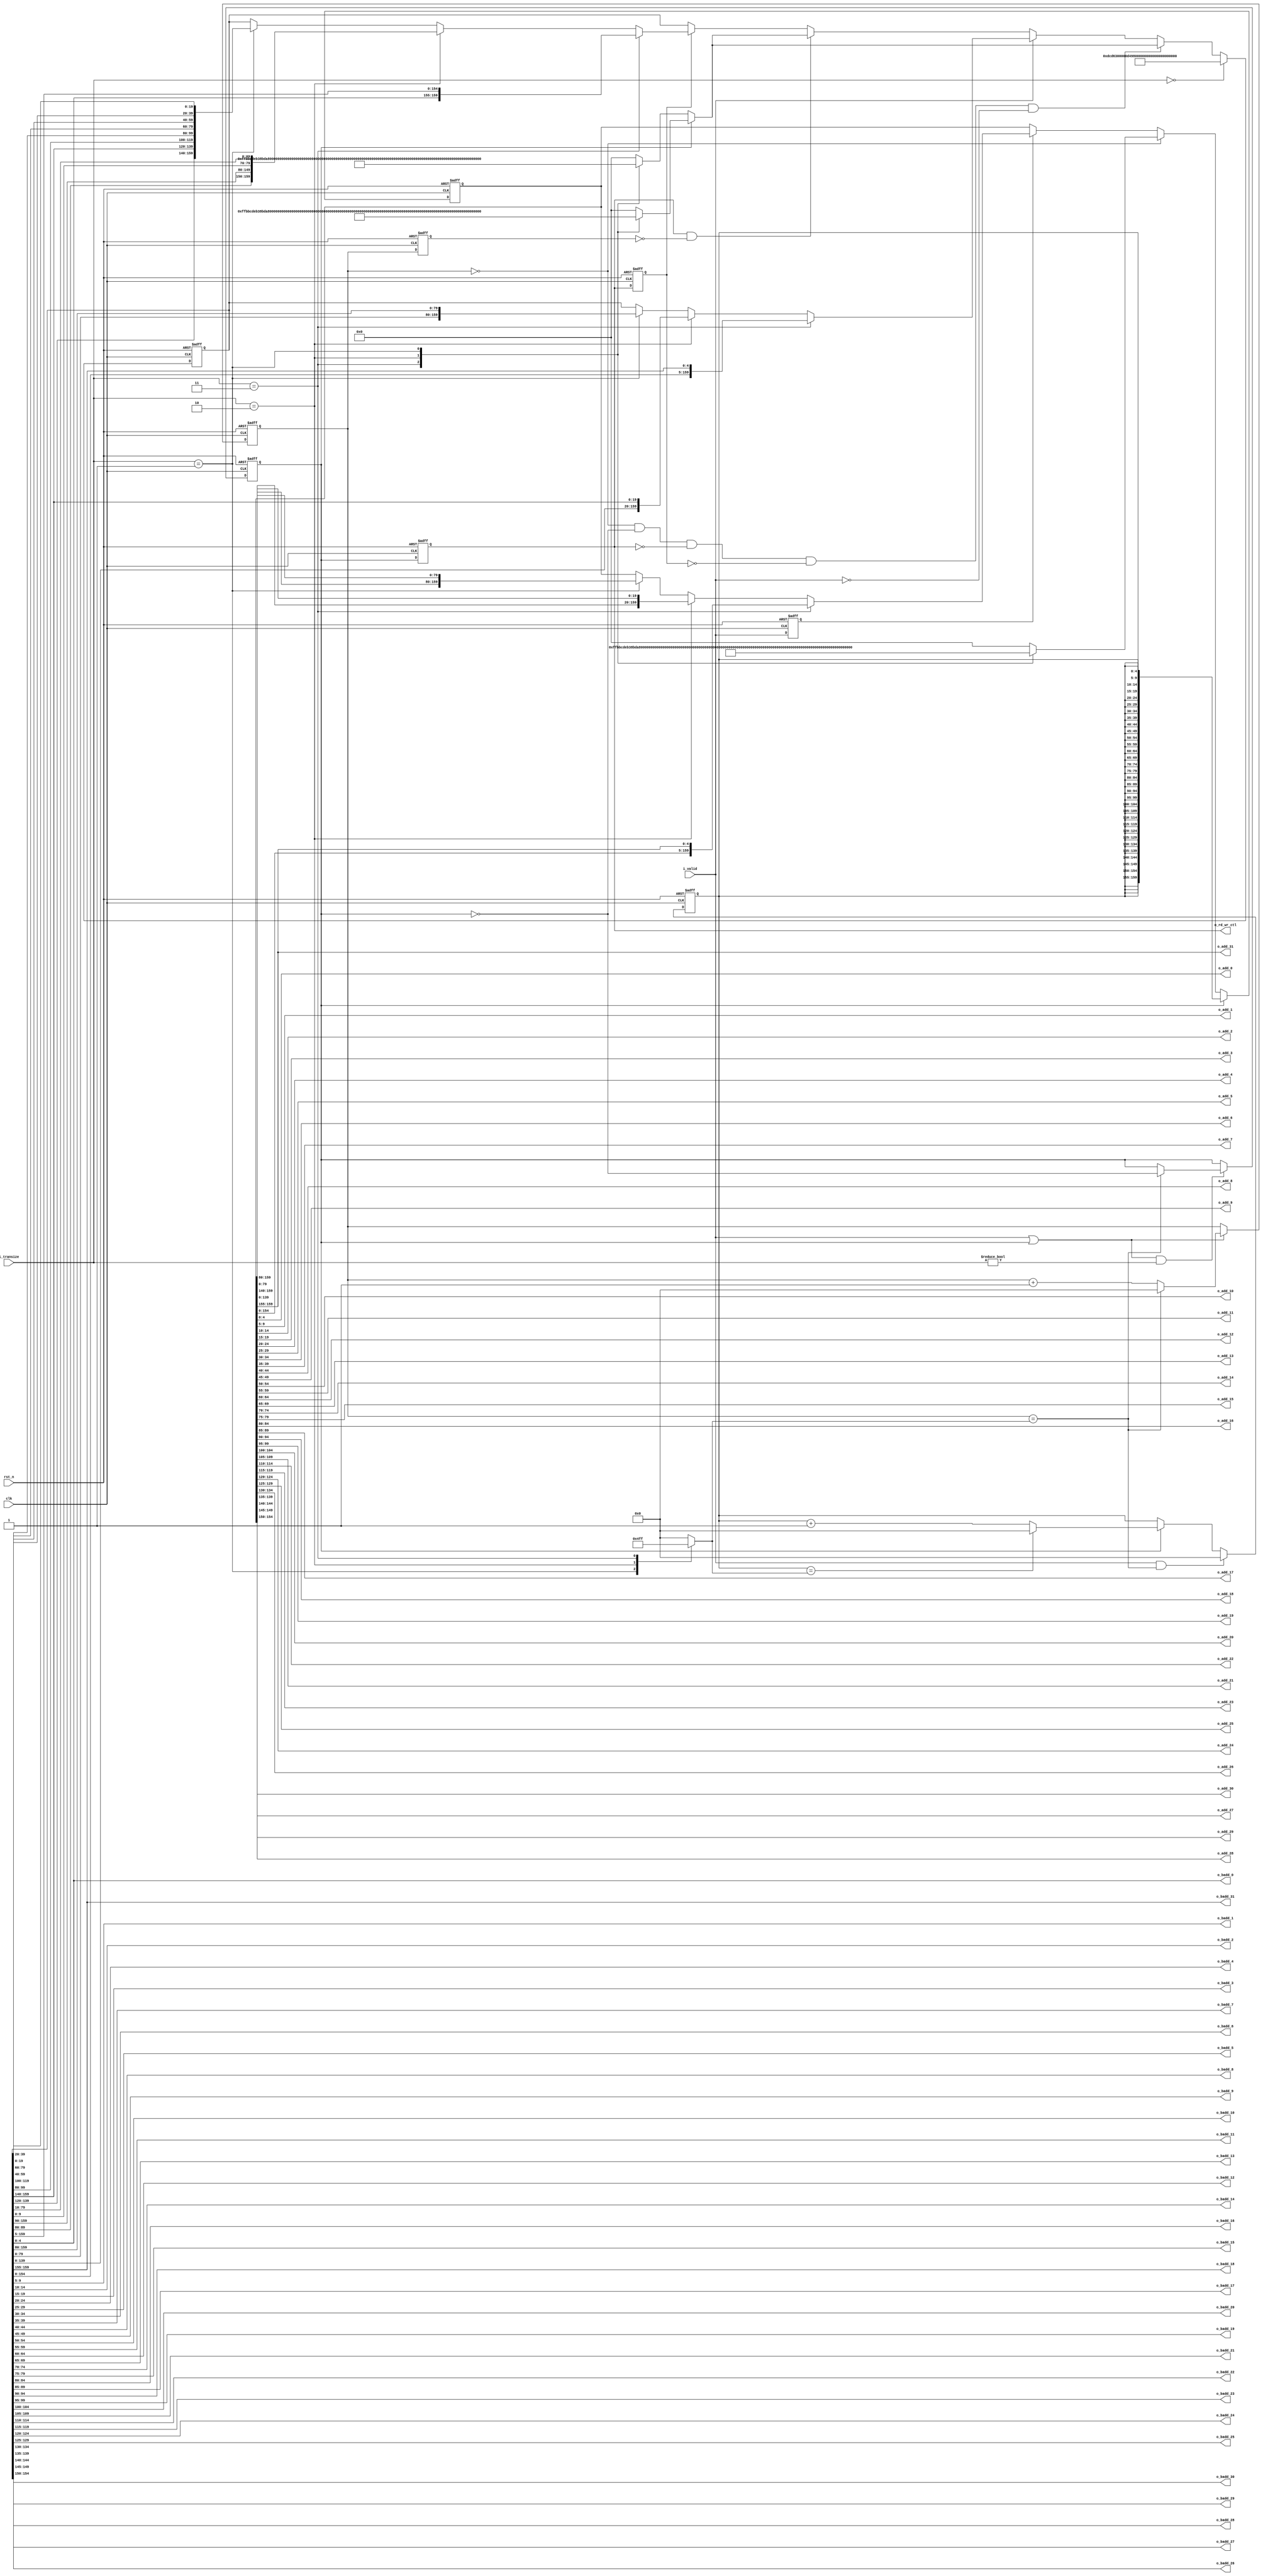
//company       : xm tech
//project name  : H265
//top module    : dct_top_2d.v
//data          : 2018.01.25
//delay         : 0 clk 
//describe      :
//modification  :
//v1.0          :
module   addr_ctl(
       clk         ,
       rst_n       ,
       i_valid     ,
       i_transize  ,
//----data rd wr sel addr----//
       o_rd_wr_ctl ,
       o_badd_0    ,
       o_badd_1    ,
       o_badd_2    ,
       o_badd_3    ,
       o_badd_4    ,
       o_badd_5    ,
       o_badd_6    ,
       o_badd_7    ,
       o_badd_8    ,
       o_badd_9    ,
       o_badd_10   ,
       o_badd_11   ,
       o_badd_12   ,
       o_badd_13   ,
       o_badd_14   ,
       o_badd_15   ,
       o_badd_16   ,
       o_badd_17   ,
       o_badd_18   ,
       o_badd_19   ,
       o_badd_20   ,
       o_badd_21   ,
       o_badd_22   ,
       o_badd_23   ,
       o_badd_24   ,
       o_badd_25   ,
       o_badd_26   ,
       o_badd_27   ,
       o_badd_28   ,
       o_badd_29   ,
       o_badd_30   ,
       o_badd_31   ,
//-----ram wr rd addr---//
       o_add_0     ,
       o_add_1     ,
       o_add_2     ,
       o_add_3     ,
       o_add_4     ,
       o_add_5     ,
       o_add_6     ,
       o_add_7     ,
       o_add_8     ,
       o_add_9     ,
       o_add_10    ,
       o_add_11    ,
       o_add_12    ,
       o_add_13    ,
       o_add_14    ,
       o_add_15    ,
       o_add_16    ,
       o_add_17    ,
       o_add_18    ,
       o_add_19    ,
       o_add_20    ,
       o_add_21    ,
       o_add_22    ,
       o_add_23    ,
       o_add_24    ,
       o_add_25    ,
       o_add_26    ,
       o_add_27    ,
       o_add_28    ,
       o_add_29    ,
       o_add_30    ,
       o_add_31    
);

// ********************************************
//                                             
//    INPUT / OUTPUT DECLARATION                                               
//                                                                             
// ********************************************       

input                           clk        ;         
input                           rst_n      ;
input                           i_valid    ;
input            [1:0]          i_transize ;   
output   wire                   o_rd_wr_ctl;
output   wire    [4:0]          o_badd_0   ;
output   wire    [4:0]          o_badd_1   ;
output   wire    [4:0]          o_badd_2   ;
output   wire    [4:0]          o_badd_3   ;
output   wire    [4:0]          o_badd_4   ;
output   wire    [4:0]          o_badd_5   ;
output   wire    [4:0]          o_badd_6   ;
output   wire    [4:0]          o_badd_7   ;
output   wire    [4:0]          o_badd_8   ;
output   wire    [4:0]          o_badd_9   ;
output   wire    [4:0]          o_badd_10  ;
output   wire    [4:0]          o_badd_11  ;
output   wire    [4:0]          o_badd_12  ;
output   wire    [4:0]          o_badd_13  ;
output   wire    [4:0]          o_badd_14  ;
output   wire    [4:0]          o_badd_15  ;
output   wire    [4:0]          o_badd_16  ;
output   wire    [4:0]          o_badd_17  ;
output   wire    [4:0]          o_badd_18  ;
output   wire    [4:0]          o_badd_19  ;
output   wire    [4:0]          o_badd_20  ;
output   wire    [4:0]          o_badd_21  ;
output   wire    [4:0]          o_badd_22  ;
output   wire    [4:0]          o_badd_23  ;
output   wire    [4:0]          o_badd_24  ;
output   wire    [4:0]          o_badd_25  ;
output   wire    [4:0]          o_badd_26  ;
output   wire    [4:0]          o_badd_27  ;
output   wire    [4:0]          o_badd_28  ;
output   wire    [4:0]          o_badd_29  ;
output   wire    [4:0]          o_badd_30  ;
output   wire    [4:0]          o_badd_31  ;

output   wire    [4:0]          o_add_0    ;
output   wire    [4:0]          o_add_1    ;
output   wire    [4:0]          o_add_2    ;
output   wire    [4:0]          o_add_3    ;
output   wire    [4:0]          o_add_4    ;
output   wire    [4:0]          o_add_5    ;
output   wire    [4:0]          o_add_6    ;
output   wire    [4:0]          o_add_7    ;
output   wire    [4:0]          o_add_8    ;
output   wire    [4:0]          o_add_9    ;
output   wire    [4:0]          o_add_10   ;
output   wire    [4:0]          o_add_11   ;
output   wire    [4:0]          o_add_12   ;
output   wire    [4:0]          o_add_13   ;
output   wire    [4:0]          o_add_14   ;
output   wire    [4:0]          o_add_15   ;
output   wire    [4:0]          o_add_16   ;
output   wire    [4:0]          o_add_17   ;
output   wire    [4:0]          o_add_18   ;
output   wire    [4:0]          o_add_19   ;
output   wire    [4:0]          o_add_20   ;
output   wire    [4:0]          o_add_21   ;
output   wire    [4:0]          o_add_22   ;
output   wire    [4:0]          o_add_23   ;
output   wire    [4:0]          o_add_24   ;
output   wire    [4:0]          o_add_25   ;
output   wire    [4:0]          o_add_26   ;
output   wire    [4:0]          o_add_27   ;
output   wire    [4:0]          o_add_28   ;
output   wire    [4:0]          o_add_29   ;
output   wire    [4:0]          o_add_30   ;
output   wire    [4:0]          o_add_31   ;

// ********************************************
//                                             
//    WIRE   DECLARATION                     
//                                             
// ********************************************
reg  [4  :0]     counter_size    ;
reg  [4  :0]     counter         ;
reg  [4  :0]     counter_d1      ;
reg              valid_d1        ;
reg              rd_wr_region    ;
reg              rd_wr_region_d1 ;
reg              rd_wr_region_d2 ;
reg  [4  :0]     addr_rd         ;   
reg  [159:0]     addr_int        ;
reg  [159:0]     baddr_int       ;
reg  [159:0]     addr_seq        ;//wr addr; rd addr
reg  [159:0]     data_seq        ;//wr data; rd data

//---ram addr wr & addr rd----//
//rd and wr region
always @(*)
begin
    case(i_transize)
    2'b01   :  counter_size = 5'd1   ;  
    2'b10   :  counter_size = 5'd7   ;
    2'b11   :  counter_size = 5'd31  ;
    default :  counter_size = 5'd0   ;
    endcase
end

always @(posedge clk or negedge rst_n)
begin
    if(!rst_n)
        counter <= 5'd0;
    else if(i_valid || rd_wr_region)
    begin
        if(counter == counter_size)
            counter <= 5'd0;
        else
            counter <= counter + 1'b1;  
    end
end

always @(posedge clk or negedge rst_n)
begin
    if(!rst_n)
        valid_d1 <= 1'b0;
    else
        valid_d1 <= i_valid;
end

always @(posedge clk or negedge rst_n)
begin
    if(!rst_n)
        counter_d1 <= 5'd0;
    else
        counter_d1 <= counter;
end 
 
//------------low : wr ;  high : rd
always @(posedge clk or negedge rst_n)
begin
    if(!rst_n)
        rd_wr_region <= 1'b0;
    else if((i_valid || rd_wr_region) && (i_transize != 2'd0))
    begin
        if(counter == counter_size)
            rd_wr_region <= ~rd_wr_region;
    end
end

always @(posedge clk or negedge rst_n)
begin
    if(!rst_n)
        rd_wr_region_d1 <= 1'b0;
    else
        rd_wr_region_d1 <= rd_wr_region;
end

always @(posedge clk or negedge rst_n)
begin
    if(!rst_n)
        rd_wr_region_d2 <= 1'b0;
    else
        rd_wr_region_d2 <= rd_wr_region_d1;
end

//-----------------------------------------------------------------------------// 
always @(*) //wr addr int: left shift 
begin
    case(i_transize)
    2'b11   :  addr_int = {5'd31,5'd30,5'd29,5'd28,5'd27,5'd26,5'd25,5'd24,5'd23,5'd22,5'd21,5'd20,5'd19,5'd18,5'd17,5'd16,5'd15,5'd14,5'd13,5'd12,5'd11,5'd10,5'd9,5'd8,5'd7,5'd6,5'd5,5'd4,5'd3,5'd2,5'd1,5'd0} ;   
    2'b10   :  addr_int = {5'd7,5'd7,5'd7,5'd7,5'd6,5'd6,5'd6,5'd6,5'd5,5'd5,5'd5,5'd5,5'd4,5'd4,5'd4,5'd4,5'd3,5'd3,5'd3,5'd3,5'd2,5'd2,5'd2,5'd2,5'd1,5'd1,5'd1,5'd1,5'd0,5'd0,5'd0,5'd0};
    2'b01   :  addr_int = {5'd1,5'd1,5'd1,5'd1,5'd1,5'd1,5'd1,5'd1,5'd1,5'd1,5'd1,5'd1,5'd1,5'd1,5'd1,5'd1,5'd0,5'd0,5'd0,5'd0,5'd0,5'd0,5'd0,5'd0,5'd0,5'd0,5'd0,5'd0,5'd0,5'd0,5'd0,5'd0};
    default :  addr_int = 160'd0 ;
    endcase
end

always @(*) 
begin
    if(~rd_wr_region)//wr dt seq : left shift
    begin
        case(i_transize)
        2'b11   :  baddr_int = {5'd31,5'd30,5'd29,5'd28,5'd27,5'd26,5'd25,5'd24,5'd23,5'd22,5'd21,5'd20,5'd19,5'd18,5'd17,5'd16,5'd15,5'd14,5'd13,5'd12,5'd11,5'd10,5'd9,5'd8,5'd7,5'd6,5'd5,5'd4,5'd3,5'd2,5'd1,5'd0} ;  
        2'b10   :  baddr_int = {5'd31,5'd30,5'd15,5'd14,5'd29,5'd28,5'd13,5'd12,5'd27,5'd26,5'd11,5'd10,5'd25,5'd24,5'd9,5'd8,5'd23,5'd22,5'd7,5'd6,5'd21,5'd20,5'd5,5'd4,5'd19,5'd18,5'd3,5'd2,5'd17,5'd16,5'd1,5'd0};
        2'b01   :  baddr_int = {5'd31,5'd30,5'd29,5'd28,5'd23,5'd22,5'd21,5'd20,5'd15,5'd14,5'd13,5'd12,5'd7,5'd6,5'd5,5'd4,5'd27,5'd26,5'd25,5'd24,5'd19,5'd18,5'd17,5'd16,5'd11,5'd10,5'd9,5'd8,5'd3,5'd2,5'd1,5'd0};
        default :  baddr_int = 160'd0 ;
        endcase
    end
    else
    begin
        case(i_transize)//rd dt seq:right shift
        2'b11   :  baddr_int = {5'd31,5'd30,5'd29,5'd28,5'd27,5'd26,5'd25,5'd24,5'd23,5'd22,5'd21,5'd20,5'd19,5'd18,5'd17,5'd16,5'd15,5'd14,5'd13,5'd12,5'd11,5'd10,5'd9,5'd8,5'd7,5'd6,5'd5,5'd4,5'd3,5'd2,5'd1,5'd0} ;//shift 1 bit 
        2'b10   :  baddr_int = {5'd31,5'd29,5'd27,5'd25,5'd23,5'd21,5'd19,5'd17,5'd15,5'd13,5'd11,5'd9,5'd7,5'd5,5'd3,5'd1,5'd30,5'd28,5'd26,5'd24,5'd22,5'd20,5'd18,5'd16,5'd14,5'd12,5'd10,5'd8,5'd6,5'd4,5'd2,5'd0};//shift 4 bit 
        2'b01   :  baddr_int ={5'd31,5'd27,5'd23,5'd19,5'd15,5'd11,5'd7,5'd3,5'd30,5'd26,5'd22,5'd18,5'd14,5'd10,5'd6,5'd2,5'd29,5'd25,5'd21,5'd17,5'd13,5'd9,5'd5,5'd1,5'd28,5'd24,5'd20,5'd16,5'd12,5'd8,5'd4,5'd0};//shift 16 bit
        default :  baddr_int = 160'd0 ;
        endcase
    end
end

//-------------ram  addr-------------------//
always @(posedge clk or negedge rst_n)
begin
    if(!rst_n)
        addr_rd <= 5'd0;
    else if(i_valid && (counter == counter_size))
        addr_rd <= 5'd0;
    else if(rd_wr_region)
    begin
        if(addr_rd == counter_size)
            addr_rd <= 5'd0;
        else
            addr_rd <= addr_rd + 1'b1;
    end
end 

always @(posedge clk or negedge rst_n)
begin
    if(!rst_n)
        addr_seq <= 160'd0;
    //-----------------rd addr---------------------//
    else  if(rd_wr_region)
        addr_seq <= {32{addr_rd}};
    //------------------wr addr--------------------//
    else if(counter == 5'd0)
        addr_seq <= addr_int;
    else if(valid_d1)
    begin
        if(i_transize == 2'd3)
            addr_seq <={addr_seq[154:0],addr_seq[159:155]};
        else if(i_transize == 2'd2)
            addr_seq <={addr_seq[139:0],addr_seq[159:140]};
        else if(i_transize == 2'd1)
            addr_seq <={addr_seq[79:0],addr_seq[159:80]};
    end
end 

//----------------data sel-------------------------//
always @(posedge clk or negedge rst_n)
begin
    if(!rst_n)
        data_seq <= 160'd0;
    else if(i_transize == 2'd0)
        data_seq <= {5'd0,5'd0,5'd0,5'd0,5'd27,5'd19,5'd11,5'd3,5'd0,5'd0,5'd0,5'd0,5'd26,5'd18,5'd10,5'd2,5'd0,5'd0,5'd0,5'd0,5'd25,5'd17,5'd9,5'd1,5'd0,5'd0,5'd0,5'd0,5'd24,5'd16,5'd8,5'd0};
    else if((counter == 5'd0) && (~rd_wr_region) &&(~rd_wr_region_d1) &&(~rd_wr_region_d2) &&(~i_valid))
        data_seq <= baddr_int;
    //--------------ram wr data sel-----------------//
    else if(i_valid)
    begin
        if (i_transize == 2'd3)
            data_seq <={data_seq[154:0],data_seq[159:155]};
        else if(i_transize == 2'd2)
            data_seq <={data_seq[139:0],data_seq[159:140]};
        else if(i_transize == 2'd1)
            data_seq <={data_seq[79:0],data_seq[159:80]};
    end 
    //--------------ram rd data sel: ram out delay 1 clk-----------------//
    else if(rd_wr_region_d1 && (counter_d1==5'd0))
        data_seq <= baddr_int;
    else if(rd_wr_region_d2)
    begin
        if(i_transize == 2'd3)
            data_seq <={data_seq[4:0],data_seq[159:5]};
        else if(i_transize == 2'd2)
            data_seq <={data_seq[89:80],data_seq[159:90],data_seq[9:0],data_seq[79:10]};
        else if(i_transize == 2'd1)
            data_seq <={data_seq[139:120],data_seq[159:140],data_seq[99:80],data_seq[119:100],data_seq[59:40],data_seq[79:60],data_seq[19:0],data_seq[39:20]};
    end
end 

//-------------output-------------//i
assign    o_rd_wr_ctl = rd_wr_region_d1;//low wr ram : high rd ram //high  rd region

assign    o_badd_0 =  data_seq[4 : 0]  ;    
assign    o_badd_1 =  data_seq[9 : 5]  ;    
assign    o_badd_2 =  data_seq[14:10]  ;    
assign    o_badd_3 =  data_seq[19:15]  ;    
assign    o_badd_4 =  data_seq[24:20]  ;    
assign    o_badd_5 =  data_seq[29:25]  ;    
assign    o_badd_6 =  data_seq[34:30]  ;    
assign    o_badd_7 =  data_seq[39:35]  ;    
assign    o_badd_8 =  data_seq[44:40]  ; 
assign    o_badd_9 =  data_seq[49:45]  ; 
assign    o_badd_10=  data_seq[54:50]  ; 
assign    o_badd_11=  data_seq[59:55]  ; 
assign    o_badd_12=  data_seq[64:60]  ; 
assign    o_badd_13=  data_seq[69:65]  ; 
assign    o_badd_14=  data_seq[74:70]  ; 
assign    o_badd_15=  data_seq[79:75]  ; 
assign    o_badd_16=  data_seq[84:80]  ; 
assign    o_badd_17=  data_seq[89:85]  ; 
assign    o_badd_18=  data_seq[94:90]  ; 
assign    o_badd_19=  data_seq[99:95]  ; 
assign    o_badd_20=  data_seq[104:100]; 
assign    o_badd_21=  data_seq[109:105]; 
assign    o_badd_22=  data_seq[114:110]; 
assign    o_badd_23=  data_seq[119:115]; 
assign    o_badd_24=  data_seq[124:120]; 
assign    o_badd_25=  data_seq[129:125]; 
assign    o_badd_26=  data_seq[134:130]; 
assign    o_badd_27=  data_seq[139:135]; 
assign    o_badd_28=  data_seq[144:140]; 
assign    o_badd_29=  data_seq[149:145]; 
assign    o_badd_30=  data_seq[154:150]; 
assign    o_badd_31=  data_seq[159:155]; 

assign    o_add_0  =  addr_seq[4 : 0]  ;   
assign    o_add_1  =  addr_seq[9 : 5]  ;  
assign    o_add_2  =  addr_seq[14:10]  ;  
assign    o_add_3  =  addr_seq[19:15]  ;  
assign    o_add_4  =  addr_seq[24:20]  ;  
assign    o_add_5  =  addr_seq[29:25]  ;  
assign    o_add_6  =  addr_seq[34:30]  ;  
assign    o_add_7  =  addr_seq[39:35]  ;  
assign    o_add_8  =  addr_seq[44:40]  ; 
assign    o_add_9  =  addr_seq[49:45]  ; 
assign    o_add_10 =  addr_seq[54:50]  ; 
assign    o_add_11 =  addr_seq[59:55]  ; 
assign    o_add_12 =  addr_seq[64:60]  ; 
assign    o_add_13 =  addr_seq[69:65]  ; 
assign    o_add_14 =  addr_seq[74:70]  ; 
assign    o_add_15 =  addr_seq[79:75]  ; 
assign    o_add_16 =  addr_seq[84:80]  ; 
assign    o_add_17 =  addr_seq[89:85]  ; 
assign    o_add_18 =  addr_seq[94:90]  ; 
assign    o_add_19 =  addr_seq[99:95]  ; 
assign    o_add_20 =  addr_seq[104:100]; 
assign    o_add_21 =  addr_seq[109:105]; 
assign    o_add_22 =  addr_seq[114:110]; 
assign    o_add_23 =  addr_seq[119:115]; 
assign    o_add_24 =  addr_seq[124:120]; 
assign    o_add_25 =  addr_seq[129:125]; 
assign    o_add_26 =  addr_seq[134:130]; 
assign    o_add_27 =  addr_seq[139:135]; 
assign    o_add_28 =  addr_seq[144:140]; 
assign    o_add_29 =  addr_seq[149:145]; 
assign    o_add_30 =  addr_seq[154:150]; 
assign    o_add_31 =  addr_seq[159:155]; 


endmodule